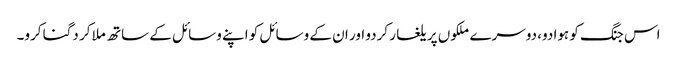
اس جنگ کو ہوا دو، دوسرے ملکوں پر یلغار کردو اور ان کے وسائل کو اپنے وسائل کے ساتھ ملا کر دگنا کرو۔